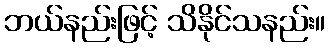
ဘယ်နည်းဖြင့် သိနိုင်သနည်း။